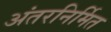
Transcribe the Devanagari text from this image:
अंतरनिर्मित